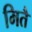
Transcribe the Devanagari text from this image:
मितै